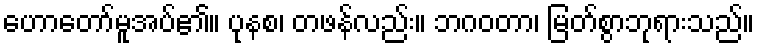
ဟောတော်မူအပ်၏။ ပုနစ၊ တဖန်လည်း။ ဘဂဝတာ၊ မြတ်စွာဘုရားသည်။